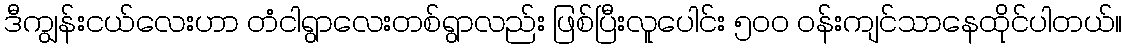
ဒီကျွန်းငယ်လေးဟာ တံငါရွာလေးတစ်ရွာလည်း ဖြစ်ပြီးလူပေါင်း ၅၀၀ ဝန်းကျင်သာနေထိုင်ပါတယ်။